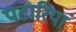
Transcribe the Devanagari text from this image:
पटारियां